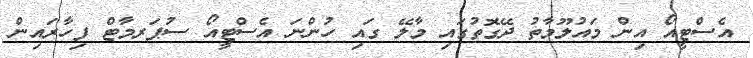
އެސްޓީއޯ އިން މައުލޫމާތު ދޭގޮތުގައި މާލޭ ގައި ހުންނަ އެސްޓީއޯ ސުޕަރމާޓް ފިހާރައިން